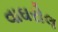
વાઘરોલ